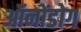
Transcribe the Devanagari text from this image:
ऑनोंडोग